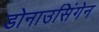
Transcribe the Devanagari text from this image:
डोनाउसिंगेन